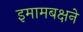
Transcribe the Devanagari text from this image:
इमामबक्षने